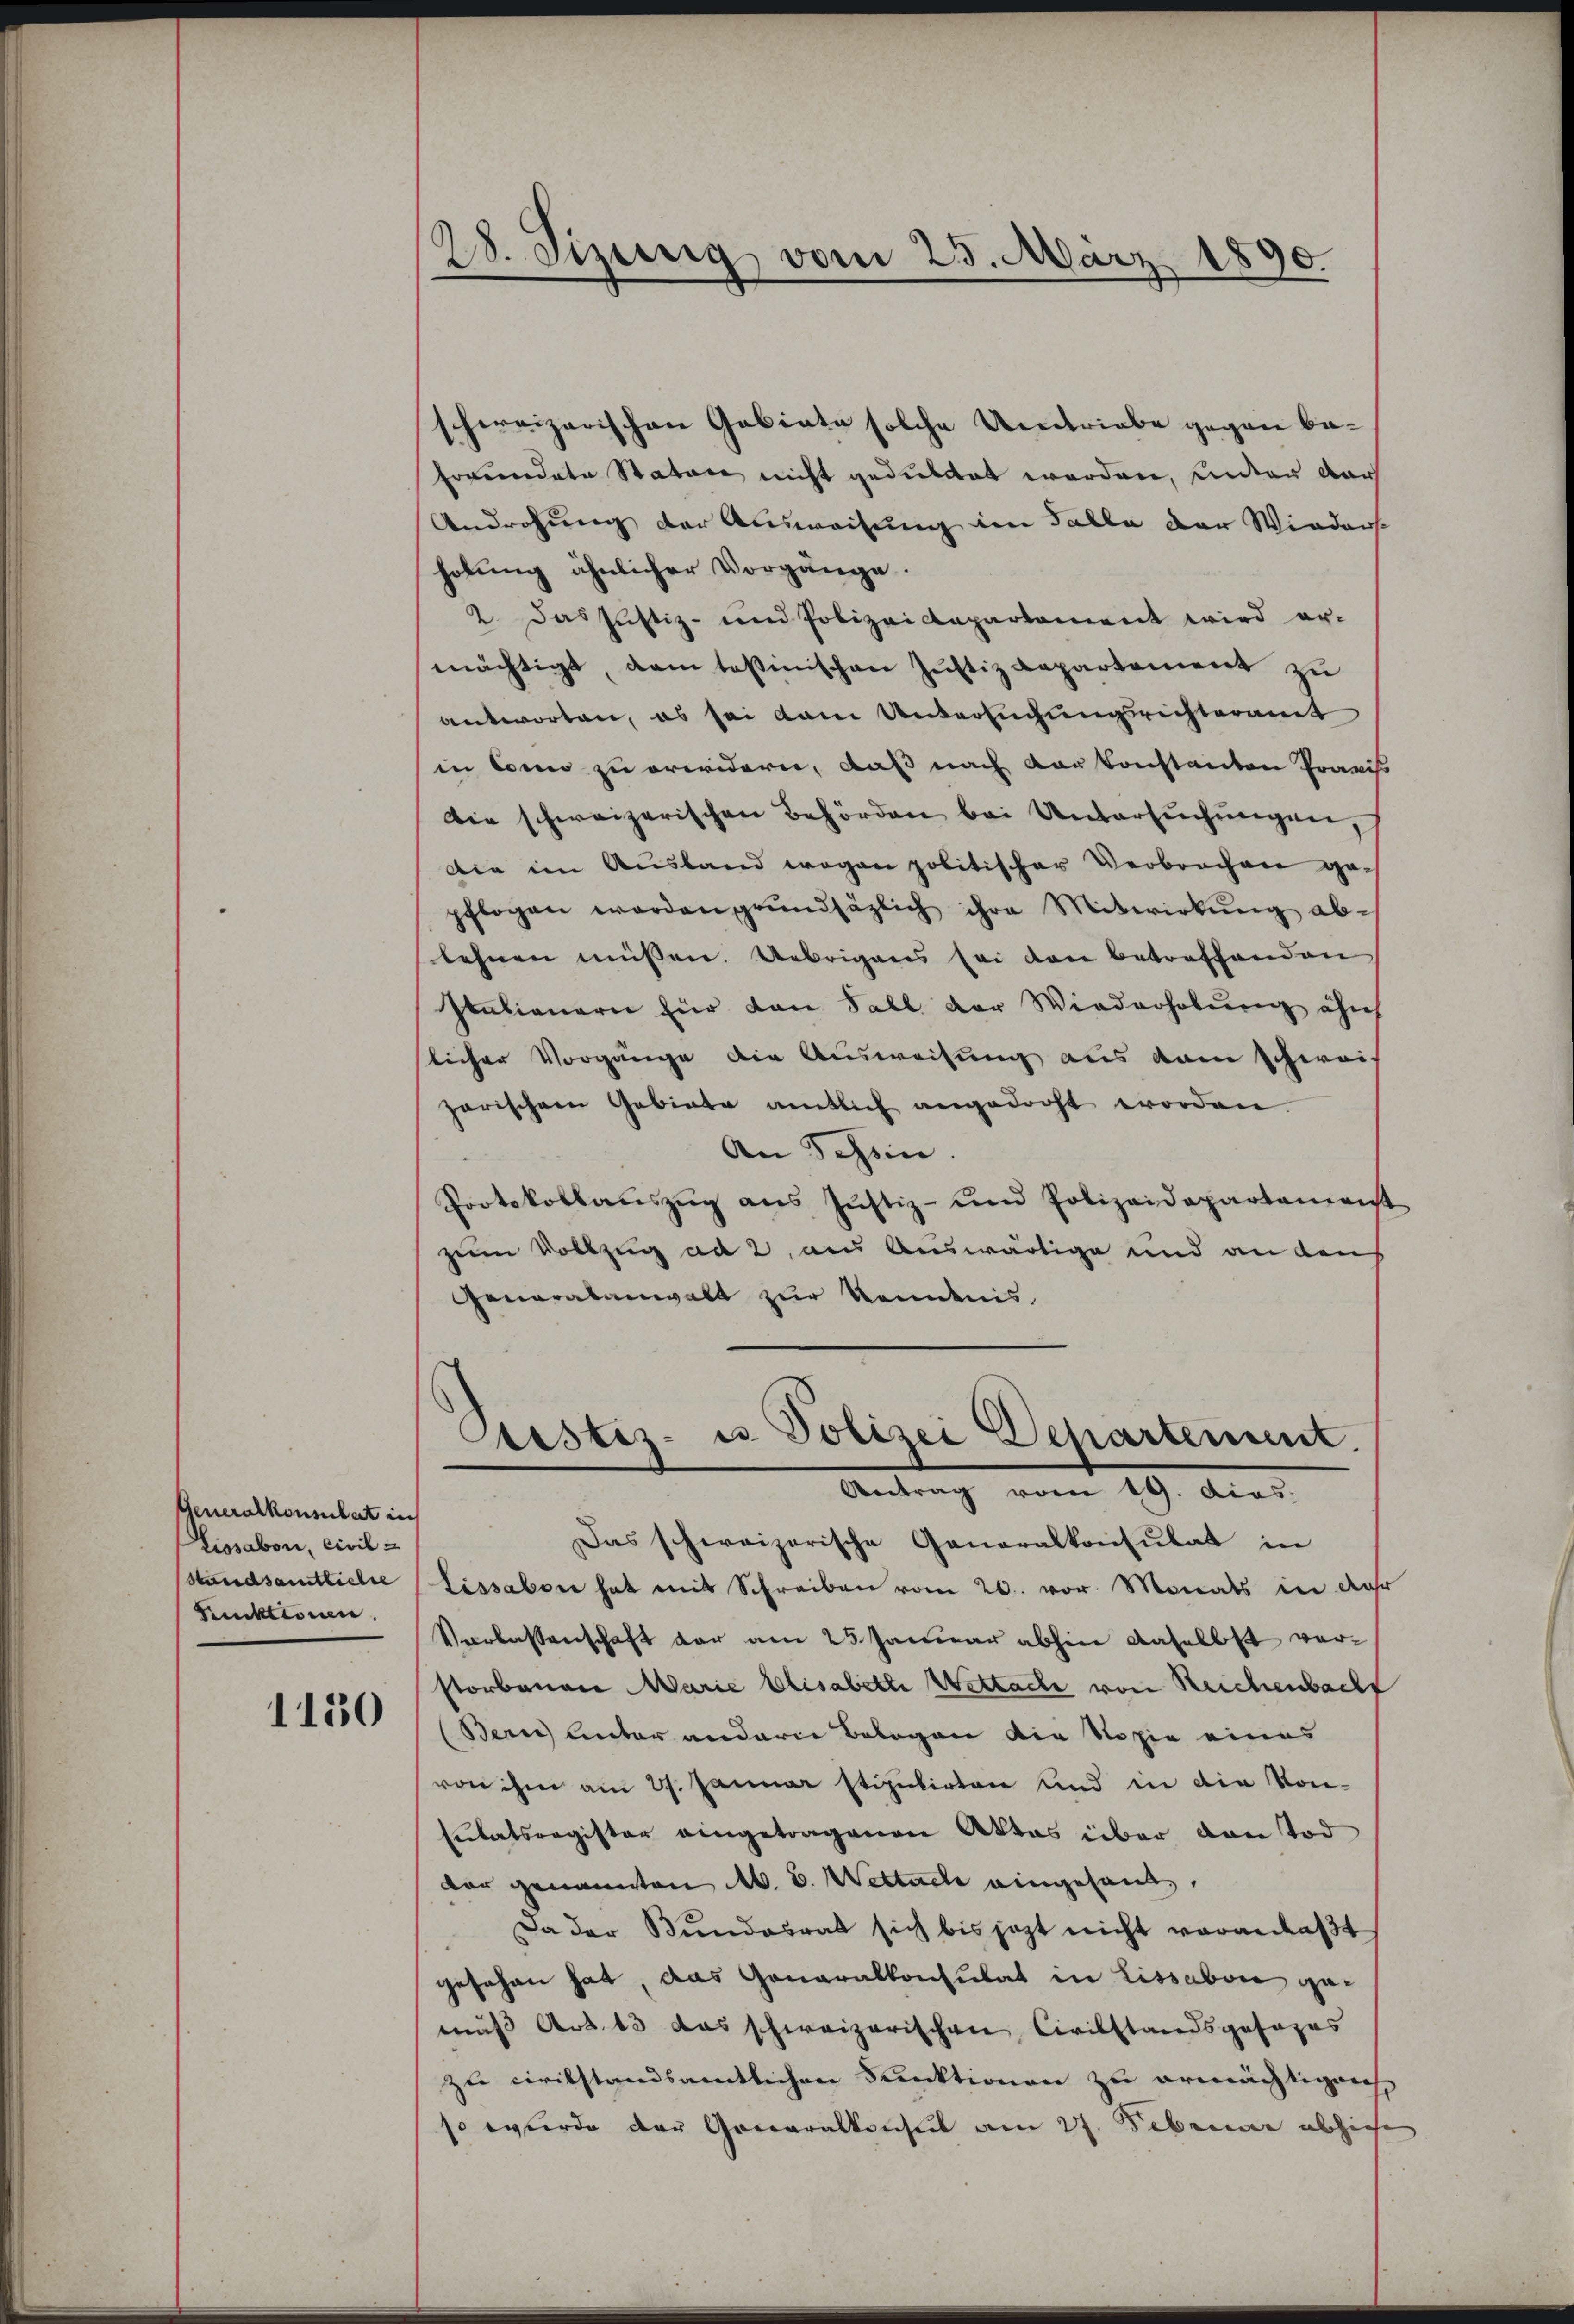
Generalkonsulat ins
Lissabon, civil
Standsamtliche
Punktionen.

1150

28. Sizerig vom 23. März 1890.

schweizerischen Gebiete solche Umtriebe gegen be¬
Freundete Statore nicht geduldet worden, unter dar
Androhung der Ausweisung im Falle der Wieders
holung ähnlicher Vorgänge.
2. Das Justiz- und Polizeidepartament wird er-
mächtigt, dem tasinischene Justizdepartement zu
antworten, es sei dem Untersuchungsrichteramt
in Como zu erwidern, daß nach vor konstanten Praxis
Die schweizerischen Behörden bei Untersŭchŭngen,
die im Ausland wegen politischer Verbrochen gepflogen worden grundsätzlich ihre Mitwirkŭng ab-
lehnen müssen. Uebrigens sei den betreffenden
Italianern für den Fall der Wiederholung ihn
licher Vorgänge die Ausweisung aus dem schwei-
garischen Gebiete amtlich angedroht worden.
An Schein
Protokollaŭszŭg aŭs Jŭstiz- und Polizeidepartamenst
zum Vollzug ad 2, aus Auswärtige und an den
Generalanwalt zur Kendnis.
Justiz- u Polizei Departement.
Antrag vom 19. dies.
Das schweizerische Generalkonsulat in
Lissabon hat mit Schreiben vom 20. vor. Monats in der
Verlassenschaft der am 25. Januar abhier daselbst ver-
storbenen Marie Elisabethe Wettache von Reichenbacht
(Bern Antor andere Belegen die Kopie eines
von ihm am 27. Januar stipulirten und in die Kon-
Etatsregister eingetragenen Aktes über von Tod
dar genannten M. D. Weltacle eingesandt
Da der Bundesrat sich bis jezt nicht veranlaβt
gesehen hat, das Generalkonsulat in Lissabon gemus Art. 13 das schweizerischen Civilstandsgesages
zle civilstandsamtlichen Funktionen zu ermächtigenh
so werde der Generalkonseit am 27. Februar abziehe